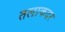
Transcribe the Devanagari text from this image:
तलाकदर